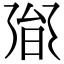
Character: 𭥟